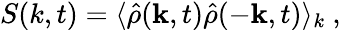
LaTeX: S(k,t)=\langle\hat{\rho}(\mathbf{k},t)\hat{\rho}(-\mathbf{k},t)\rangle_{k}\ ,